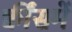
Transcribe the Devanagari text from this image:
क्वींसमें